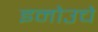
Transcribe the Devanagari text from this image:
इनोउचे